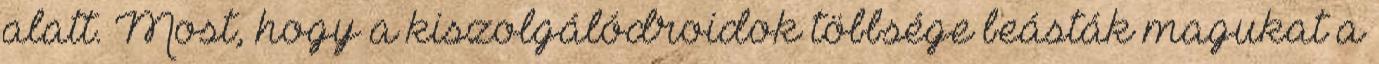
alatt. Most, hogy a kiszolgálódroidok többsége beásták magukat a